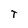
Character: T